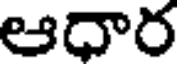
ఆధార